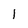
Character: 1